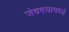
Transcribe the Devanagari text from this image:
जेवण्यामध्ये